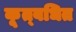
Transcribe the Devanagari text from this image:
कूत्बधित